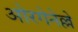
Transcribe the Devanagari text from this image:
ओरगेनेल्ले